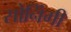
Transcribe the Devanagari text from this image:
सोनिंगी